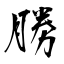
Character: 勝